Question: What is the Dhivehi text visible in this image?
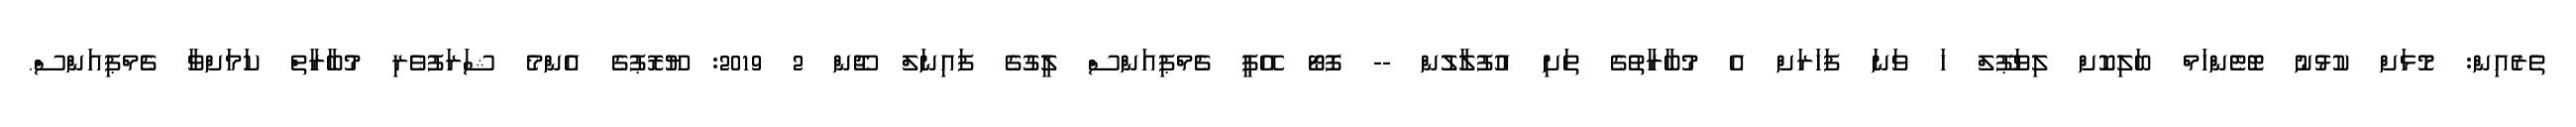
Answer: ތެރެއިން: މޮޅަށް ކުޅުނު ޓޮޓެންހަމް ބަލިކޮށް ލިވަޕޫލް ހަ ވަނަ ފަހަރަށް އެ މުބާރާތުގެ ތަށި އުފުލާލުން -- ފޮޓޯ އޭޕީ ޗެމްޕިއަންސް ލީގުގެ ފައިނަލް ޖޫން 2 2019: ޔޫރޮޕުގެ އެންމެ ޝަރަފުވެރި މުބާރާތް ކަމަށްވާ ޗެމްޕިއަންސް.